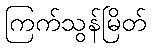
ကြက်သွန်မြိတ်